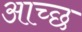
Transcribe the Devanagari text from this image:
आच्छ